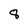
Character: 8